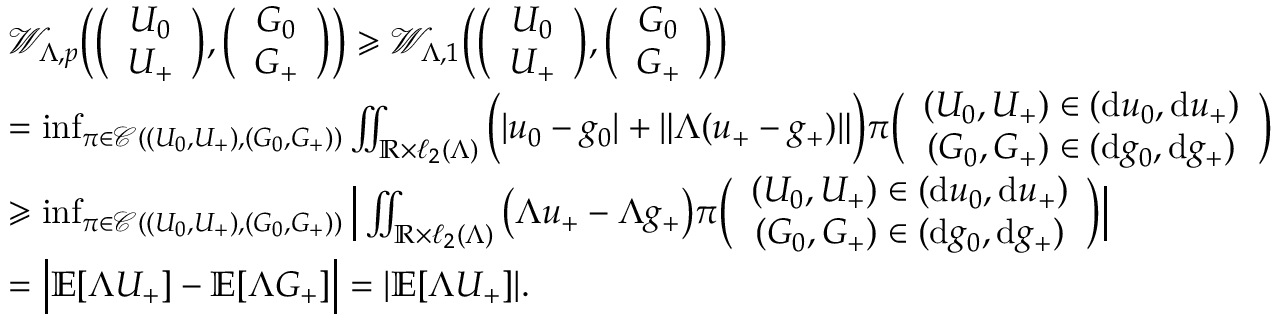
\begin{array} { r l } & { \mathcal { W } _ { \Lambda , p } \bigg ( \Big ( \begin{array} { c } { U _ { 0 } } \\ { U _ { + } } \end{array} \Big ) , \Big ( \begin{array} { c } { G _ { 0 } } \\ { G _ { + } } \end{array} \Big ) \bigg ) \geqslant \mathcal { W } _ { \Lambda , 1 } \bigg ( \Big ( \begin{array} { c } { U _ { 0 } } \\ { U _ { + } } \end{array} \Big ) , \Big ( \begin{array} { c } { G _ { 0 } } \\ { G _ { + } } \end{array} \Big ) \bigg ) } \\ & { = \operatorname* { i n f } _ { \pi \in \mathcal { C } ( ( U _ { 0 } , U _ { + } ) , ( G _ { 0 } , G _ { + } ) ) } \iint _ { \mathbb { R } \times \ell _ { 2 } ( \Lambda ) } \Big ( | u _ { 0 } - g _ { 0 } | + \| \Lambda ( u _ { + } - g _ { + } ) \| \Big ) \pi \Big ( \begin{array} { c } { ( U _ { 0 } , U _ { + } ) \in ( \mathrm { d } u _ { 0 } , \mathrm { d } u _ { + } ) } \\ { ( G _ { 0 } , G _ { + } ) \in ( \mathrm { d } g _ { 0 } , \mathrm { d } g _ { + } ) } \end{array} \Big ) } \\ & { \geqslant \operatorname* { i n f } _ { \pi \in \mathcal { C } ( ( U _ { 0 } , U _ { + } ) , ( G _ { 0 } , G _ { + } ) ) } \Big | \iint _ { \mathbb { R } \times \ell _ { 2 } ( \Lambda ) } \big ( \Lambda u _ { + } - \Lambda g _ { + } \big ) \pi \Big ( \begin{array} { c } { ( U _ { 0 } , U _ { + } ) \in ( \mathrm { d } u _ { 0 } , \mathrm { d } u _ { + } ) } \\ { ( G _ { 0 } , G _ { + } ) \in ( \mathrm { d } g _ { 0 } , \mathrm { d } g _ { + } ) } \end{array} \Big ) \Big | } \\ & { = \Big | \mathbb { E } [ \Lambda U _ { + } ] - \mathbb { E } [ \Lambda G _ { + } ] \Big | = | \mathbb { E } [ \Lambda U _ { + } ] | . } \end{array}